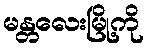
မန္တလေးမြို့ကို